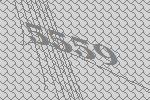
5559